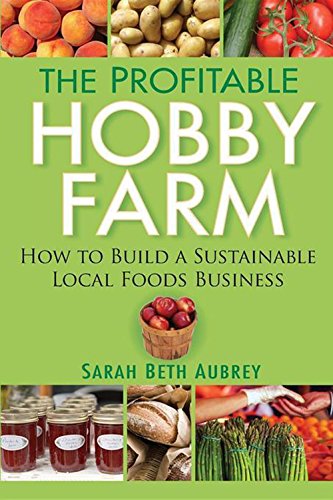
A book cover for The Profitable Hobby Farm, How to Build a Sustainable Local Foods Business; Sarah Beth Aubrey; Science & Math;